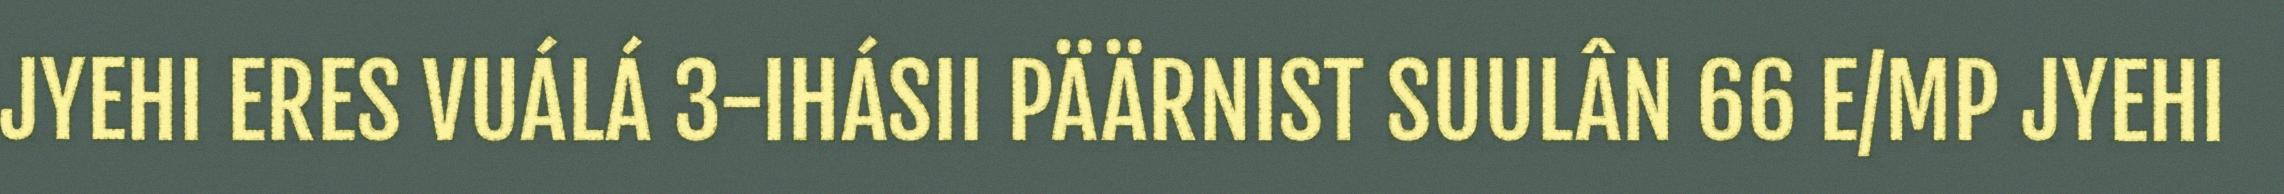
JYEHI ERES VUÁLÁ 3-IHÁSII PÄÄRNIST SUULÂN 66 E/MP JYEHI